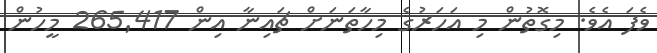
ވެފަ އެވެ. މިގޮތުން މި އަހަރުގެ މިހާތަނަށް ޗައިނާ އިން 265